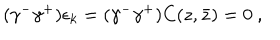
( \gamma ^ { - } \gamma ^ { + } ) \epsilon _ { k } = ( \gamma ^ { - } \gamma ^ { + } ) C ( z , \bar { z } ) = 0 \ ,